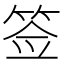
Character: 签